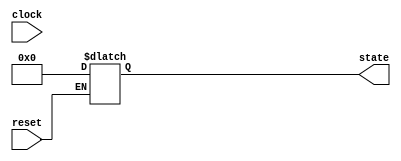
module ResetConditionBlock (
    input wire reset,          // Reset signal (active-high or active-low)
    input wire clock,         // Clock signal (optional for synchronous reset)
    output reg [7:0] state    // State output (8-bit wide for example)
);

// Parameter for reset value (can be defined as needed)
parameter RESET_VALUE = 8'b00000000; // Example reset value

// Define the reset type
parameter RESET_TYPE = "ASYNC"; // Options: "ASYNC" or "SYNC"

// Always block for asynchronous reset
always @(*) begin
    if (RESET_TYPE == "ASYNC") begin
        if (reset) begin
            state = RESET_VALUE; // Set state to reset value immediately
        end
    end
end

// Always block for synchronous reset
always @(posedge clock) begin
    if (RESET_TYPE == "SYNC") begin
        if (reset) begin
            state <= RESET_VALUE; // Set state to reset value on clock edge
        end
        else begin
            // Add your operational logic here for normal operation
            // For example, state <= state + 1; // Simple increment operation
        end
    end
end

endmodule